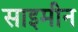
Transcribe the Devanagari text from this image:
साइमीन